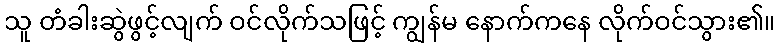
သူ တံခါးဆွဲဖွင့်လျက် ဝင်လိုက်သဖြင့် ကျွန်မ နောက်ကနေ လိုက်ဝင်သွား၏။